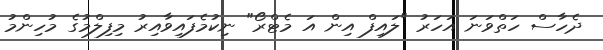
ދެހާސް ހަތްވަނަ އަހަރު "ލައިފް އިން އަ މެޓްރޯ" ނިކުމެފައިވާއިރު މިފިލްމުގެ މުހިންމު